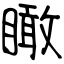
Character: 瞰